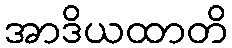
အာဒိယထာတိ